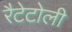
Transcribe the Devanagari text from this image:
रैटेटोली